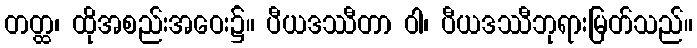
တတ္ထ၊ ထိုအစည်းအဝေး၌။ ပီယဒဿီတာ ဝါ၊ ပီယဒဿီဘုရားမြတ်သည်။